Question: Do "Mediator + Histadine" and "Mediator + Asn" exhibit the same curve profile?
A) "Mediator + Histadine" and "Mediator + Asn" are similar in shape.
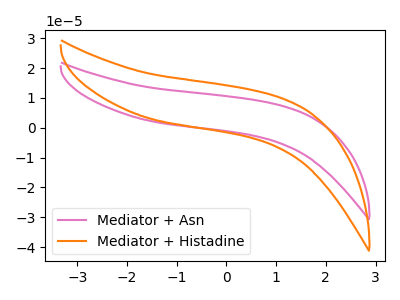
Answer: <think>The pink curve "Mediator + Asn" has no peaks. The orange curve "Mediator + Histadine" has no peaks.
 Neither "Mediator + Histadine" or "Mediator + Asn" have any peaks.</think>
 <answer>A) "Mediator + Histadine" and "Mediator + Asn" are similar in shape.</answer>
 <eval>A</eval>